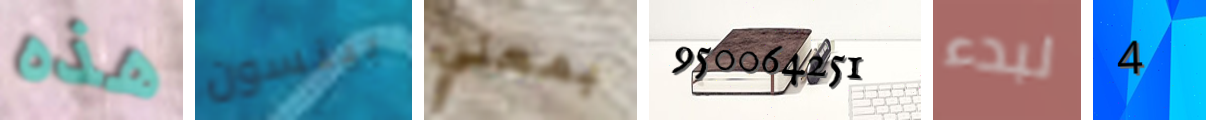
هذه بينسون بمعني 950064251 لبدء 4